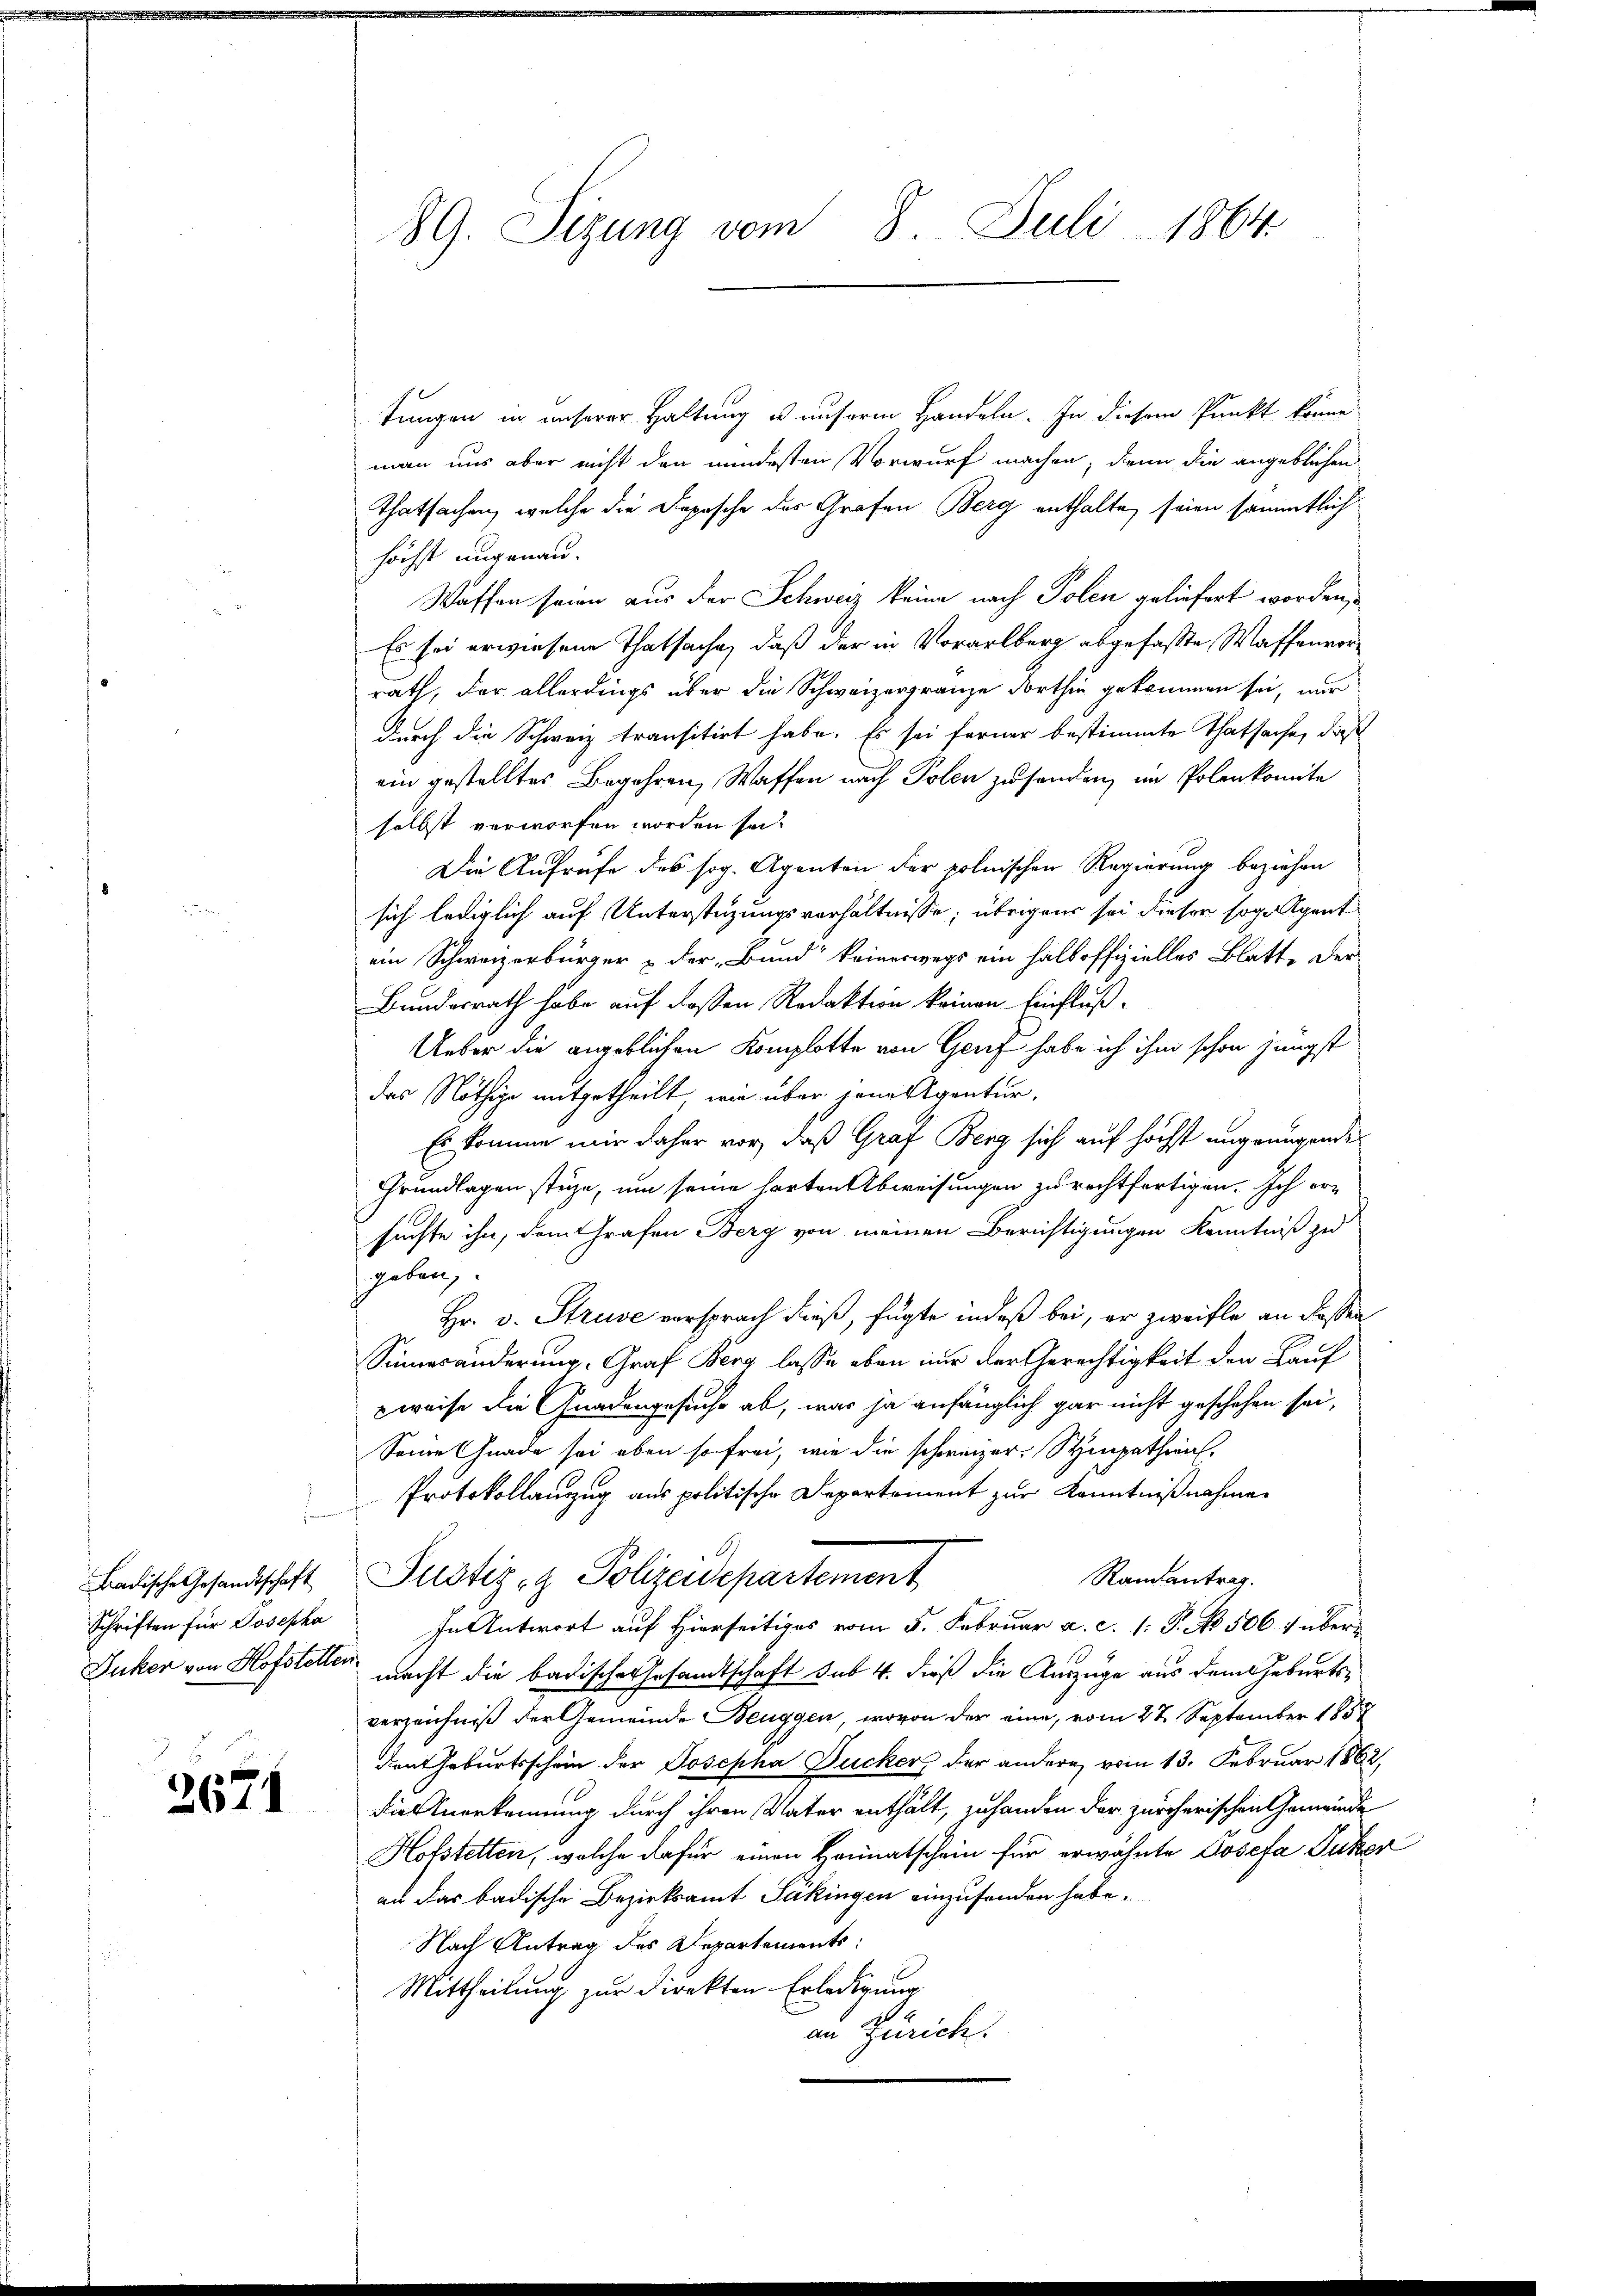
Schriften für Josepha

2671

tungen in unserer Haltung u unserm Handeln. In diesem Punkt könne
man uns aber nicht den mindesten Vorwurf machen, denn die angeblichen
thatsachen, welche die Dopische des Grafen Berg enthalte, seien sämmtlich
höchst ungenau.
Waffen seien aus der Schweiz keine nach Polen geliefert worden,
Es sei erwiesene Thatsache, daß der in Vorarlberg abgefasste Waffenvorrath, der allerdings über die Schweizergränze dorthin gekommen sei, nur
Durch die Schweiz transitirt habe. Es sei ferner bestimmte Thatsache, daß
ein gestelltes Begehren, Waffen nach Polen zu senden, im Polenkomite
selbst verworfen worden sei.
Die Aufrufe des sog. Agenten der polnischen Regierung beziehen
sich lediglich auf Unterstüzungsverhältnisse; übrigens sei dieser sogegent
ein Schweizerbürger & der Bund“ keineswegs ein halboffizielles Blatt der
Bundesrath habe auf dassen Redaktion keinen Einfluß.
Ueber die angeblichen Komplotte von Genf habe ich ihm schon jüngst
das Nöthige mitgetheilt, wie über jene ventur,
Es komme mir daher vor, daß Graf Berg sich auf höchst angenügende
Grundlagen stüze, um seine harten Abweisungen zu rechtfertigen. Ich ersuchte ihn, dem Grafen Berg von meinen Berichtigungen Kenntniß zu
geben,
Hr. v. Struve vorsprach dieß, fügte indeß bei, er zweifle an dassen
Sinneränderung, Graf Berg lasse eben nur der Gerechtigkeit den Lauf
wreise die Gnadengesuche ab, was ja anfänglich gar nicht geschehen sei,
Seine Gnade sei eben so frei, wie die schweizer, Sympathien,
Protokollauszug aus politische Departement zur Kenntnißnahme
Ramantrag.
Badische Gesandtschaft Plotiz & Polizeidepartement
In Antwort auf Hierseitiges vom 5. Februar a. c. 1: P. No. 506 1 über-
Duker von Hofstetter macht die badischer Gesandtschaft sub. 4. dieß die Auszüge aus dem Geburtsverzeichniß der Gemeinde Beuggen, wovon der eine, vom 27. September 1857
den Geburtsschein der Josepha Ducker, der andere vom 13. Februar 1862,
die Anerkennung durch ihren Vater enthält, zu handen der zürcherischen Gemeinde
Hofstetten, welche dafür einen Heimatschein für erwähnte Josefa Putzer
an das badische Bezirksamt Säkingen einzufanden habe.
Nach Antrag des Departements:
Mittheilung zur Direkten Erledigung
an Zürich.

89. Sizung vom 8. Juli 1864